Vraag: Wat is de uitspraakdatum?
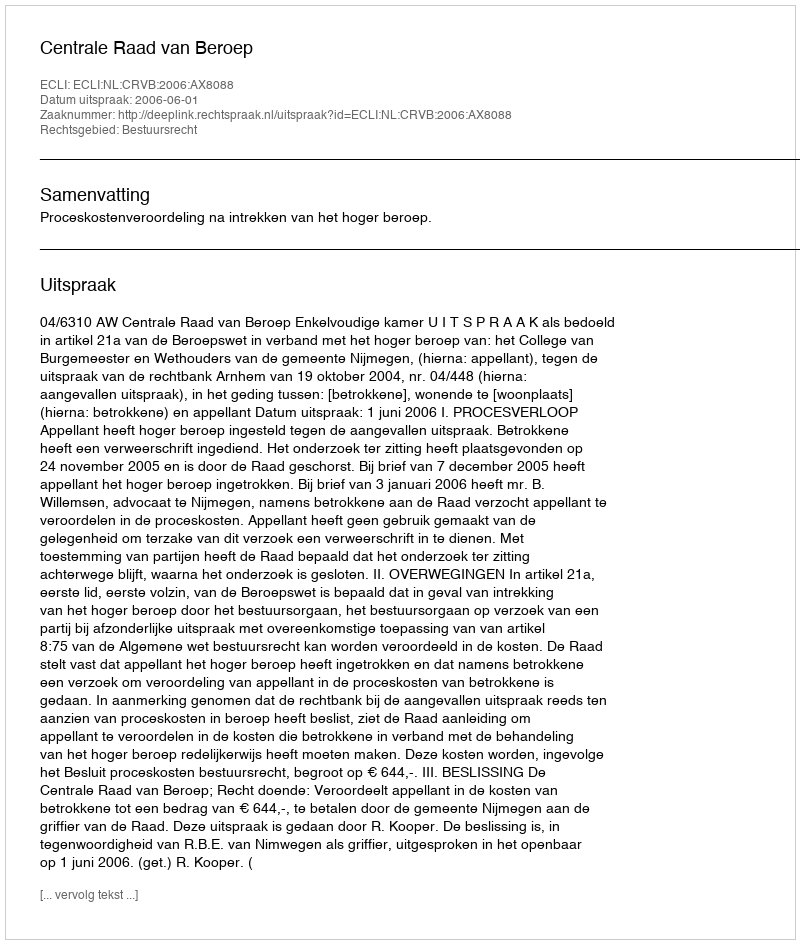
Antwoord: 2006-06-01